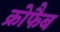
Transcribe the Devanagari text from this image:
क्रोफैब